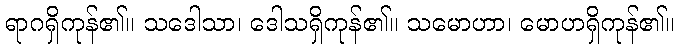
ရာဂရှိကုန်၏။ သဒေါသာ၊ ဒေါသရှိကုန်၏။ သမောဟာ၊ မောဟရှိကုန်၏။